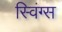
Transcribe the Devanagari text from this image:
स्विंग्स